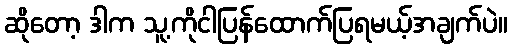
ဆိုတော့ ဒါက သူ့ကိုငါပြန်ထောက်ပြရမယ့်အချက်ပဲ။